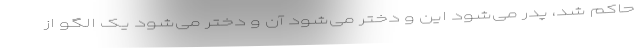
حاکم شد، پدر می‌شود این و دختر می‌شود آن و دختر می‌شود یک الگو از